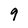
Character: 9